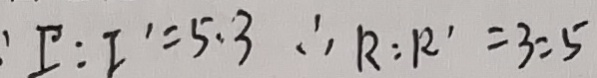
: I : I ^ { \prime } = 5 . 3 \therefore R : R ^ { \prime } = 3 : 5